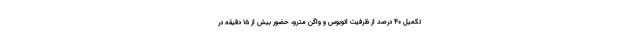
تکمیل ۴۰ درصد از ظرفیت اتوبوس و واگن مترو، حضور بیش از ۱۵ دقیقه در